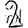
Digit: 2